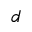
^ { d }